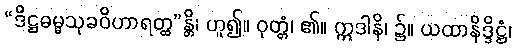
“ဒိဋ္ဌဓမ္မသုခဝိဟာရတ္ထ”န္တိ၊ ဟူ၍။ ဝုတ္တံ၊ ၏။ ဣဒါနိ၊ ၌။ ယထာနိဒ္ဒိဋ္ဌံ၊